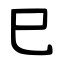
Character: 巳